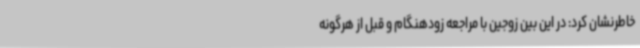
خاطرنشان کرد: در این بین زوجین با مراجعه زودهنگام و قبل از هرگونه